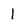
Character: 1